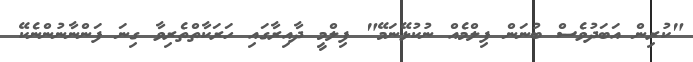
"ކުރިން އަބަދުވެސް ބުނަން ފިލްމެއް ނުކުޅޭނަމޭ" ފިލްމީ ދާއިރާގައި ހަރަކާތްތެރިވާ ގިނަ ފަންނާނުންނެކޭ